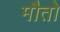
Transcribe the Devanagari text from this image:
मौतो